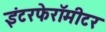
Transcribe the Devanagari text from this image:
इंटरफेरॉमीटर